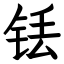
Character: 铥